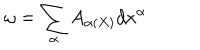
LaTeX: \omega = \sum _ { \alpha } A _ { \alpha ( X ) } d x ^ { \alpha }